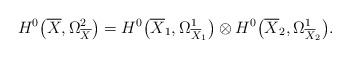
LaTeX: \begin{align*}H^{0}\big(\overline{X},\Omega_{\overline{X}}^{2}\big)=H^{0}\big(\overline{X}_{1},\Omega_{\overline{X}_{1}}^{1}\big)\otimes H^{0}\big(\overline{X}_{2},\Omega_{\overline{X}_{2}}^{1}\big).\end{align*}